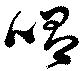
唱